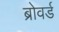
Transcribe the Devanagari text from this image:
ब्रोवर्ड